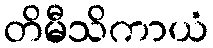
တိမီသိကာယံ